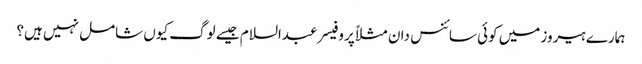
ہمارے ہیروز میں کوئی سائنس دان مثلاً پروفیسر عبدالسلام جیسے لوگ کیوں شامل نہیں ہیں؟